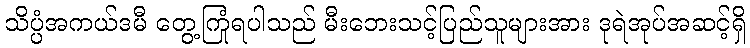
သိပ္ပံအကယ်ဒမီ တွေ့ကြုံရပါသည် မီးဘေးသင့်ပြည်သူများအား ဒုရဲအုပ်အဆင့်ရှိ